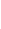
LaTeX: \! \! \! \! \! \! \! \! \! \! \! \omega\! \! \! \! \! \! \! \! \! \! \! \! =p\! \! \! \! \! \! \! \! \! \! \! \! (\! \! \! \! \! \! \! \! \! \! \! \! \mathbf{x}\! \! \! \! \! \! \! \! \! \! \! \! )dx\! \! \! \! \! \! \! \! \! \! \! \! +q\! \! \! \! \! \! \! \! \! \! \! \! (\! \! \! \! \! \! \! \! \! \! \! \! \mathbf{x}\! \! \! \! \! \! \! \! \! \! \! \! )\! \! \! \! \! \! \! \! \! \! \! \! dy\! \! \! \! \! \! \! \! \! \! \!